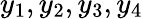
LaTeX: y_{1},y_{2},y_{3},y_{4}